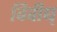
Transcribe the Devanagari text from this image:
विवीध्